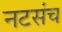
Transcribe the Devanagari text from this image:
नटसंच